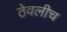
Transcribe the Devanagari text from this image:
ठेवलीच